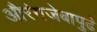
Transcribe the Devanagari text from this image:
औरंगजेबापुढे